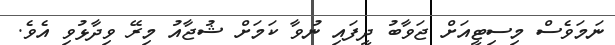
ނަމަވެސް މިސިޓީއަށް ޖަވާބު ދީފައި ނުވާ ކަމަށް ޝުޖާއު މިރޭ ވިދާޅުވި އެވެ.